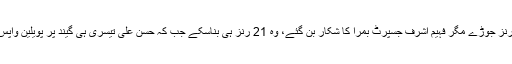
آل راؤنڈر فہیم اشرف نے محمد عامر کے ساتھ ملکر ساتویں وکٹ کے لیے 37 قیمتی رنز جوڑے مگر فہیم اشرف جسپرٹ بمرا کا شکار بن گئے، وہ 21 رنز ہی بناسکے جب کہ حسن علی تیسری ہی گیند پر پویلین واپس لوٹ گئے، محمد عامر آخر تک مزاحمت کرتے رہے اور 18 رنز پر ناٹ آؤٹ رہے۔